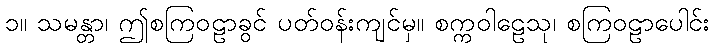
၁။ သမန္တာ၊ ဤစကြဝဠာခွင် ပတ်ဝန်းကျင်မှ။ စက္ကဝါဠေသု၊ စကြဝဠာပေါင်း